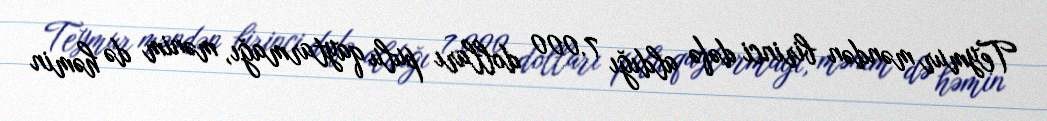
Teymur məndən birinci dəfə aldığı 7.000 dolları pulu qaytarmağı, mənim də həmin